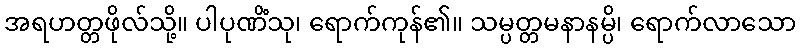
အရဟတ္တဖိုလ်သို့။ ပါပုဏိံသု၊ ရောက်ကုန်၏။ သမ္ပတ္တမနာနမ္ပိ၊ ရောက်လာသော